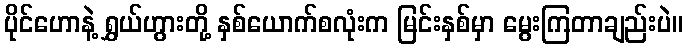
ပိုင်ဟောနဲ့ ရွှယ်ဟွားတို့ နှစ်ယောက်စလုံးက မြင်းနှစ်မှာ မွေးကြတာချည်းပဲ။